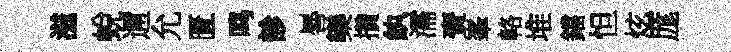
滋蛻邇允匱鸣診晷欒攢紈濡賚峯輅堆鐺怛炫厖